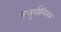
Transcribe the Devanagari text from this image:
सतुर्नालियन